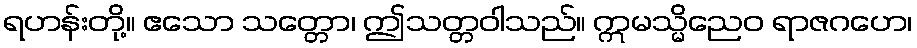
ရဟန်းတို့။ ဧသော သတ္တော၊ ဤသတ္တဝါသည်။ ဣမသ္မိညေဝ ရာဇဂဟေ၊